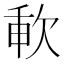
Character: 㰱